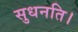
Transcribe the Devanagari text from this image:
सुधनति।